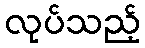
လုပ်သည့်